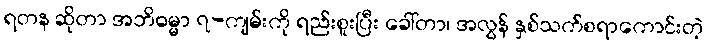
ရတန ဆိုတာ အဘိဓမ္မာ ၇-ကျမ်းကို ရည်းစူးပြီး ခေါ်တာ၊ အလွန် နှစ်သက်စရာကောင်းတဲ့